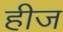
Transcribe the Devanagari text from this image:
हीज